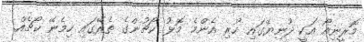
މޮރީނިއޯ އަކީ ދުނިޔޭގައި ހުރި އެންމެ މޮޅު ކޯޗުންގެ ތެރޭގައި ހިމެނޭ ކޯޗެއް.